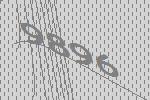
9896